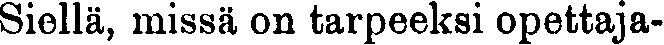
Siellä, missä on tarpeeksi opettaja-